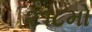
૨૧૮મો